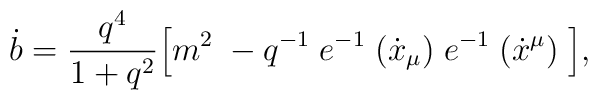
\dot b = \frac{q^4}{1 + q^2}\Bigl [ m^2 \; - q^{-1}\;e^{-1}\;(\dot x_{\mu})\; e^{-1}\;(\dot x^{\mu})\;\Bigr ],